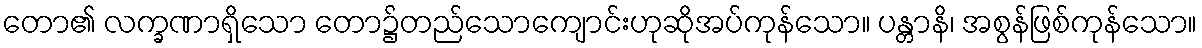
တော၏ လက္ခဏာရှိသော တော၌တည်သောကျောင်းဟုဆိုအပ်ကုန်သော။ ပန္တာနိ၊ အစွန်ဖြစ်ကုန်သော။